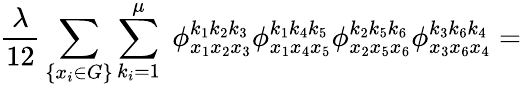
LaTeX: \frac{\lambda}{12}\sum_{\{ x_{i}\in G\} }\sum_{k_{i}=1}^{\mu}\; \phi_{x_{1}x_{2}x_{3}}^{k_{1}k_{2}k_{3}}\phi_{x_{1}x_{4}x_{5}}^{k_{1}k_{4}k_{5}}\phi_{x_{2}x_{5}x_{6}}^{k_{2}k_{5}k_{6}}\phi_{x_{3}x_{6}x_{4}}^{k_{3}k_{6}k_{4}}=